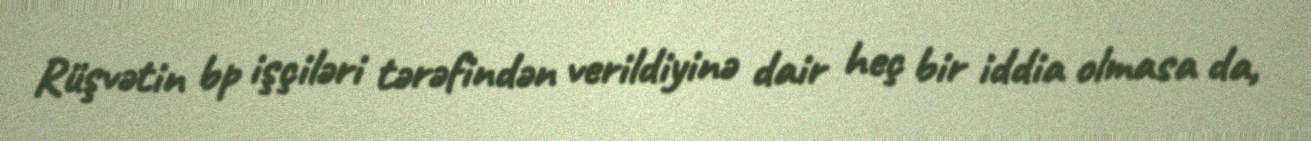
Rüşvətin bp işçiləri tərəfindən verildiyinə dair heç bir iddia olmasa da,